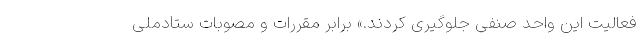
فعالیت این واحد صنفی جلوگیری کردند.» برابر مقررات و مصوبات ستادملی